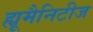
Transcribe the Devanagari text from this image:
ह्यूमैनिटीज